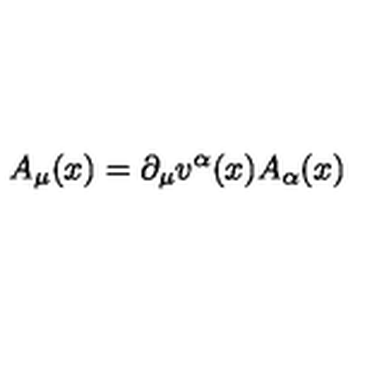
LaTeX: A _ { \mu } ( x ) = \partial _ { \mu } v ^ { \alpha } ( x ) A _ { \alpha } ( x )